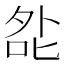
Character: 夞